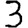
Digit: 3